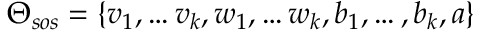
\Theta _ { s o s } = \{ v _ { 1 } , \dots v _ { k } , w _ { 1 } , \dots w _ { k } , b _ { 1 } , \dots , b _ { k } , a \}